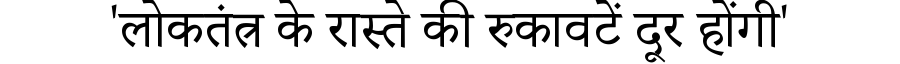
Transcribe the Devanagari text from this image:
'लोकतंत्र के रास्ते की रुकावटें दूर होंगी'